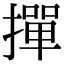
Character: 撣